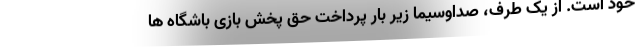
خود است. از یک طرف، صداوسیما زیر بار پرداخت حق پخش بازی باشگاه ها